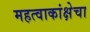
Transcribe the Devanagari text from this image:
महत्वाकांक्षेचा